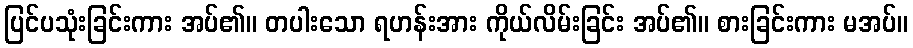
ပြင်ပသုံးခြင်းကား အပ်၏။ တပါးသော ရဟန်းအား ကိုယ်လိမ်းခြင်း အပ်၏။ စားခြင်းကား မအပ်။